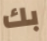
بك